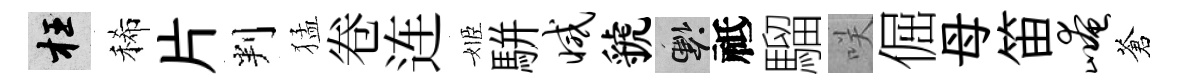
枉稀片判猛卷连姬駢减虢懸祗騮咲倔母笛崦蒼